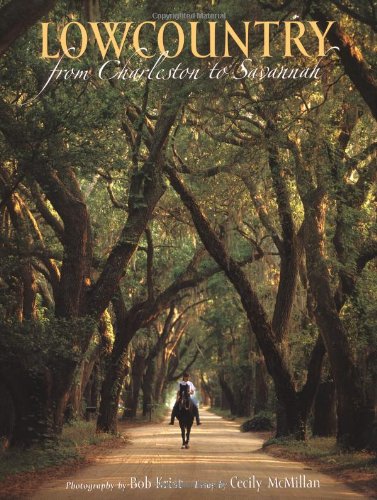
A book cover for The Lowcountry: From Charleston to Savannah; Bob Krist; Travel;